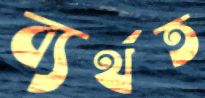
ব্যর্থত